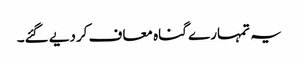
یہ تمہارے گناہ معاف کردیے گئے۔